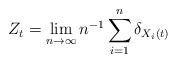
LaTeX: \begin{align*}Z_t = \lim_{n \to \infty} n^{-1} \sum_{i=1}^n \delta_{X_i(t)} \end{align*}